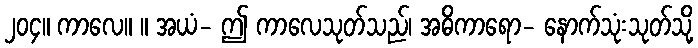
၂၀၄။ ကာလေ။ ။ အယံ- ဤ ကာလေသုတ်သည်၊ အဓိကာရော- နောက်သုံးသုတ်သို့